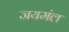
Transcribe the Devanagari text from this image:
जयमंल